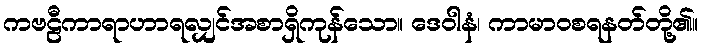
ကဗဠီကာရာဟာရလျှင်အစာရှိကုန်သော။ ဒေဝါနံ၊ ကာမာဝစရနတ်တို့၏။